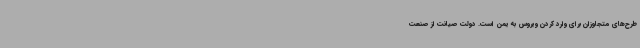
طرح‌های متجاوزان برای وارد کردن ویروس به یمن است. دولت صیانت از صنعت